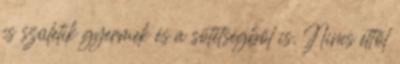
is születik gyermek és a sötétségből is. Nincs ettől